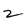
Character: 2